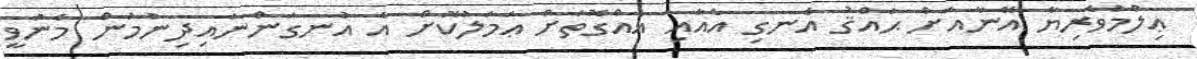
ޢިލްމުވެރިޔާ އޭނާއަށް ޙައްޤު އެނގި އެއާއި އެއްގޮތަށް ޢަމަލުކޮށް އެ އުނގަންނައިދިނުމުން މެނުވީ